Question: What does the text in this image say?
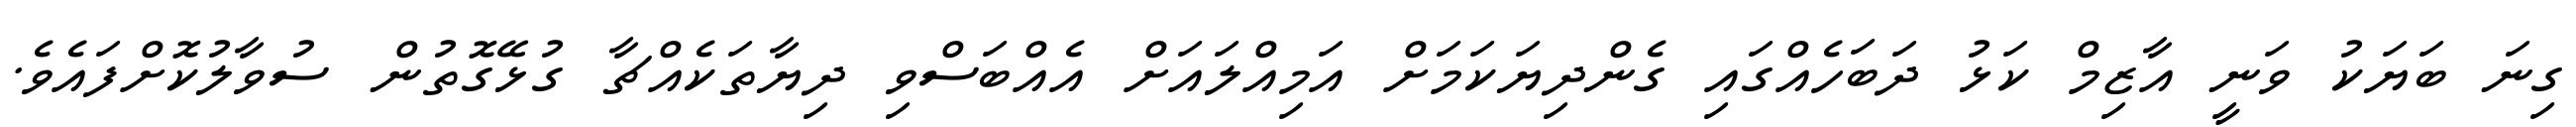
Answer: ގިނަ ބަޔަކު ވަނީ އާޒިމް ކަޅު ދަބަހެއްގައި ގެންދިޔަކަމަށް އަމިއްލައަށް އެއްބަސްވި ދިޔާތަކެއްޗާ ގުޅޭގޮތުން ސުވާލުކޮށްފައެވެ.